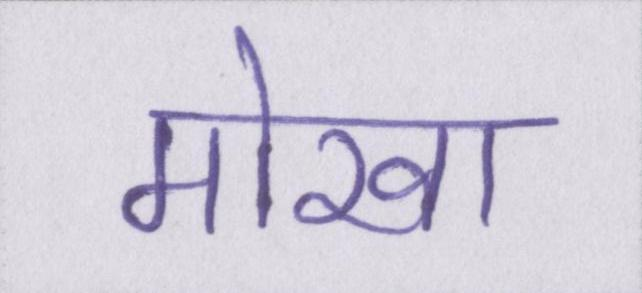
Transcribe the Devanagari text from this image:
मोखा